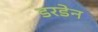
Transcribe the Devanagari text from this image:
डरडेन